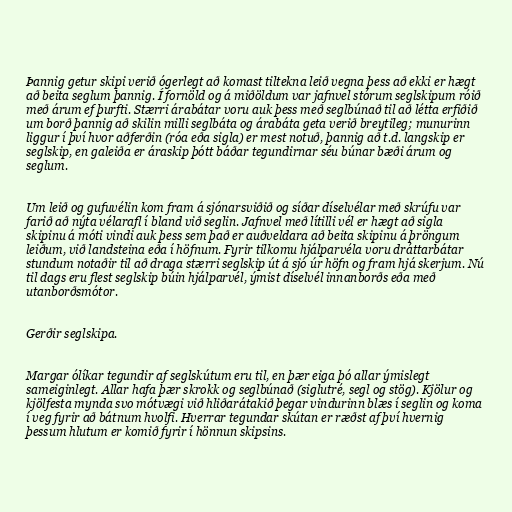
Þannig getur skipi verið ógerlegt að komast tiltekna leið vegna þess að ekki er hægt
að beita seglum þannig. Í fornöld og á miðöldum var jafnvel stórum seglskipum róið
með árum ef þurfti. Stærri árabátar voru auk þess með seglbúnað til að létta erfiðið
um borð þannig að skilin milli seglbáta og árabáta geta verið breytileg; munurinn
liggur í því hvor aðferðin (róa eða sigla) er mest notuð, þannig að t.d. langskip er
seglskip, en galeiða er áraskip þótt báðar tegundirnar séu búnar bæði árum og
seglum.

Um leið og gufuvélin kom fram á sjónarsviðið og síðar díselvélar með skrúfu var
farið að nýta vélarafl í bland við seglin. Jafnvel með lítilli vél er hægt að sigla
skipinu á móti vindi auk þess sem það er auðveldara að beita skipinu á þröngum
leiðum, við landsteina eða í höfnum. Fyrir tilkomu hjálparvéla voru dráttarbátar
stundum notaðir til að draga stærri seglskip út á sjó úr höfn og fram hjá skerjum. Nú
til dags eru flest seglskip búin hjálparvél, ýmist díselvél innanborðs eða með
utanborðsmótor.

Gerðir seglskipa.

Margar ólíkar tegundir af seglskútum eru til, en þær eiga þó allar ýmislegt
sameiginlegt. Allar hafa þær skrokk og seglbúnað (siglutré, segl og stög). Kjölur og
kjölfesta mynda svo mótvægi við hliðarátakið þegar vindurinn blæs í seglin og koma
í veg fyrir að bátnum hvolfi. Hverrar tegundar skútan er ræðst af því hvernig
þessum hlutum er komið fyrir í hönnun skipsins.